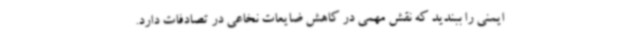
ایمنی را ببندید که نقش مهمی در کاهش ضایعات نخاعی در تصادفات دارد.